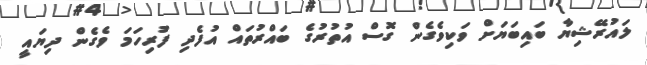
ލައުރޭޝިޔާ ބައިބަޔަށް ވަކިވެގެން ގޮސް އުތުރުގެ ބައްރުތައް އުފެދި ފުރިހަމަ ވެގެން ދިޔައީ